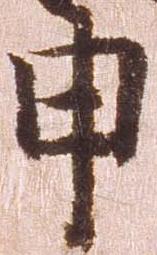
申